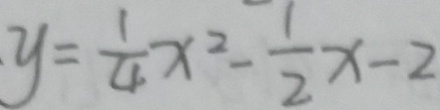
\cdot y = \frac { 1 } { 4 } x ^ { 2 } - \frac { 1 } { 2 } x - 2